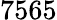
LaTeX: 7565